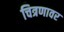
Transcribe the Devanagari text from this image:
चित्रणावर